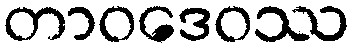
တာဝဒေဝဿ